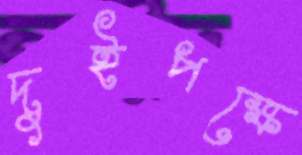
দুইপক্ষে